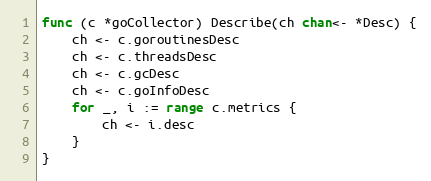
Language: Go
func (c *goCollector) Describe(ch chan<- *Desc) {
	ch <- c.goroutinesDesc
	ch <- c.threadsDesc
	ch <- c.gcDesc
	ch <- c.goInfoDesc
	for _, i := range c.metrics {
		ch <- i.desc
	}
}